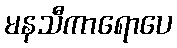
မနသီကာရောပေ